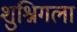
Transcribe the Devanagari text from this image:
शुश्निगला